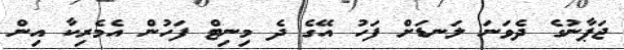
ޖަޕާނުގެ ދެވަނަ ލަނޑަށް ފަހު އޭގެ ދެ މިނިޓް ފަހުން އެމެރިކާ އިން